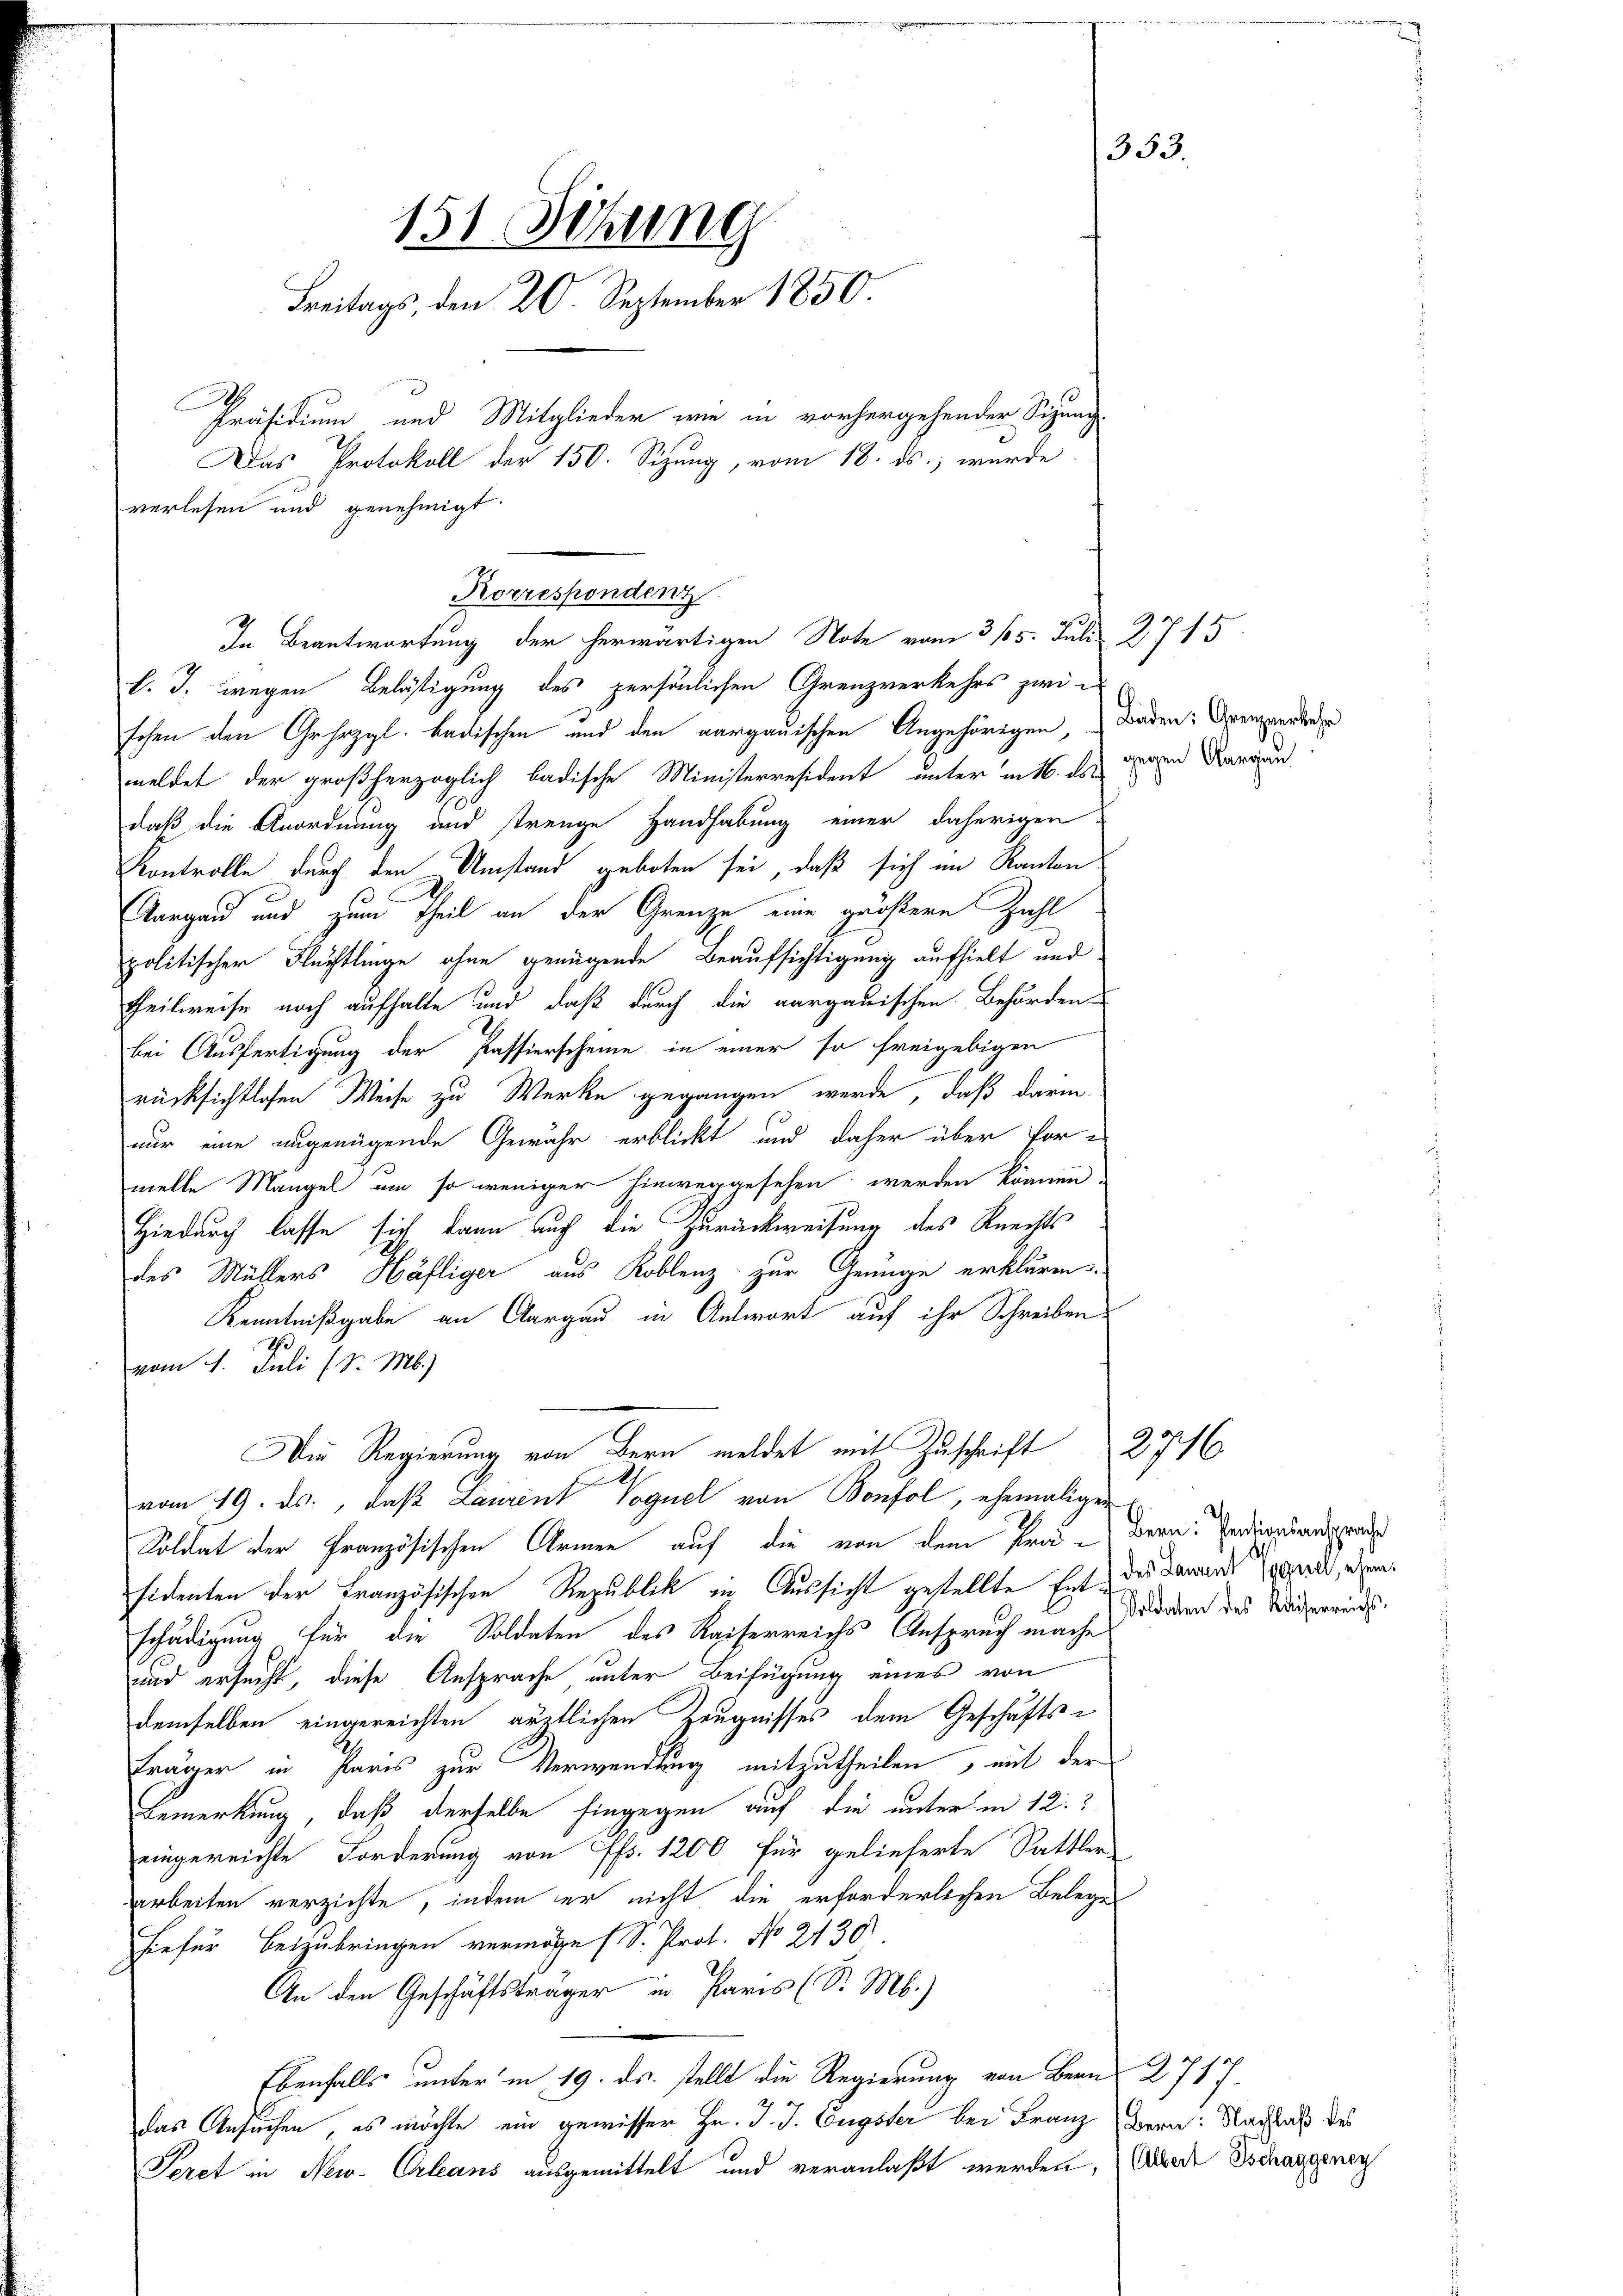
k. J. wegen Belästigung des persönlichen Grenzverkehrs zwi-
schen den Gehezgl. badischen und den aargauischen Angehörigen, Baden: Grenzwerkehr
meldet der großherzoglich badische Ministerresident unter in 1. ds. gegen Aargau
daß die Anordnung und strenge Handhabung einer daherigen-
Kontrolle durch den Umstand geboten sei, daß sich im Kanton
Aargau und zum Theil an der Grenze eine größere Zahl
politischer Flüchtlinge ohne genügende Beaufsichtigung aufhielt und
Theilweise noch aufhalte und daß durch die aargauischen Behörden
bei Ausfertigung der Passierscheine in einer so freigebigen
rücksichtlichen Weise zu Werke gegangen werde, daß darin
nur eine ungenügende Gewähr erblickt und daher über for-
melle Mangel um so weniger hinweggesehen werden können,
Hiedurch lasse sich dann auch die Zurückweisung des Knechts
des Müllers Häfliger aus Koblenz zur Genüge erklären
Kenntnißgabe an Aargau in Antwort auf ihr Schreiben.
1
vom 1. Juli (S. M.)
Die Regierung von Bern meldet mit Zuschrift
.
vom 19. ds., daß Laurent Voguel von Bonfol, ehemaligen
Soldat der Französischen Armen auf die von dem Kra-Bern: Verdinansprache
sidenten der Französischen Republik in Aussicht gestellte Ent-des daran gerad, dem
schädigung für die Soldaten des Kaiserreichs Anspruch mache, da deren des Widerrunds¬
und ersucht, diese Ansprache unter Beifügung eines von
demselben eingereichten ärztlichen Zeugnisses dem Geschäfts¬
Fräger in Paris zur Verwendung mitzutheilen, mit der
Bemerkung, daß derselbe hingegen auf die unter in 12.
eingereichte Forderung von fr. 1200 für gelieferte Sattler
arbeiten verzichte, indem er nicht die erforderlichen Belege
hiefür Beizubringen vermöge (S. Prot. No 2130
An den Geschäftsträger in Paris (S. M.)
Ebenfalls unter in 19. ds. stellt die Regierung von Bern 2717.
Das Ansuchen, es möchte ein gewisser Hr. J. J. Engster bei Franz Bern: Nachlaß des
Peret in New-Orleans ausgemittelt und veranlaßt werden, (Mode Schangenen

151 Sebung
Freitags, den 20 September 1850.
Präsidium und Mitglieder wie in vorhergehender Sigung
Das Protokoll der 150. Sizung, vom 18. ds., wurde
verlesen und genehmigt.

Korrespondenz
In Beantwortung der herwärtigen Note vom 315. Juli 2715

353.

2716